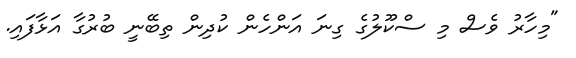
"މިހާރު ވެސް މި ސްކޫލުގެ ގިނަ އަންހެން ކުދިން ތިބޭނީ ބުރުގާ އަޅާފައި.